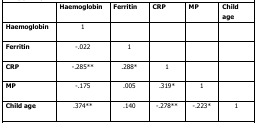
<table><thead><tr><td></td><td><b>Haemoglobin</b></td><td><b>Ferritin</b></td><td><b>CRP</b></td><td><b>MP</b></td><td><b>Child age</b></td></tr></thead><tbody><tr><td><b>Haemoglobin</b></td><td>1</td><td></td><td></td><td></td><td></td></tr><tr><td><b>Ferritin</b></td><td>-.022</td><td>1</td><td></td><td></td><td></td></tr><tr><td><b>CRP</b></td><td>-.285**</td><td>.288*</td><td>1</td><td></td><td></td></tr><tr><td><b>MP</b></td><td>-.175</td><td>.005</td><td>.319*</td><td>1</td><td></td></tr><tr><td><b>Child age</b></td><td>.374**</td><td>.140</td><td>-.278**</td><td>-.223*</td><td>1</td></tr></tbody></table>